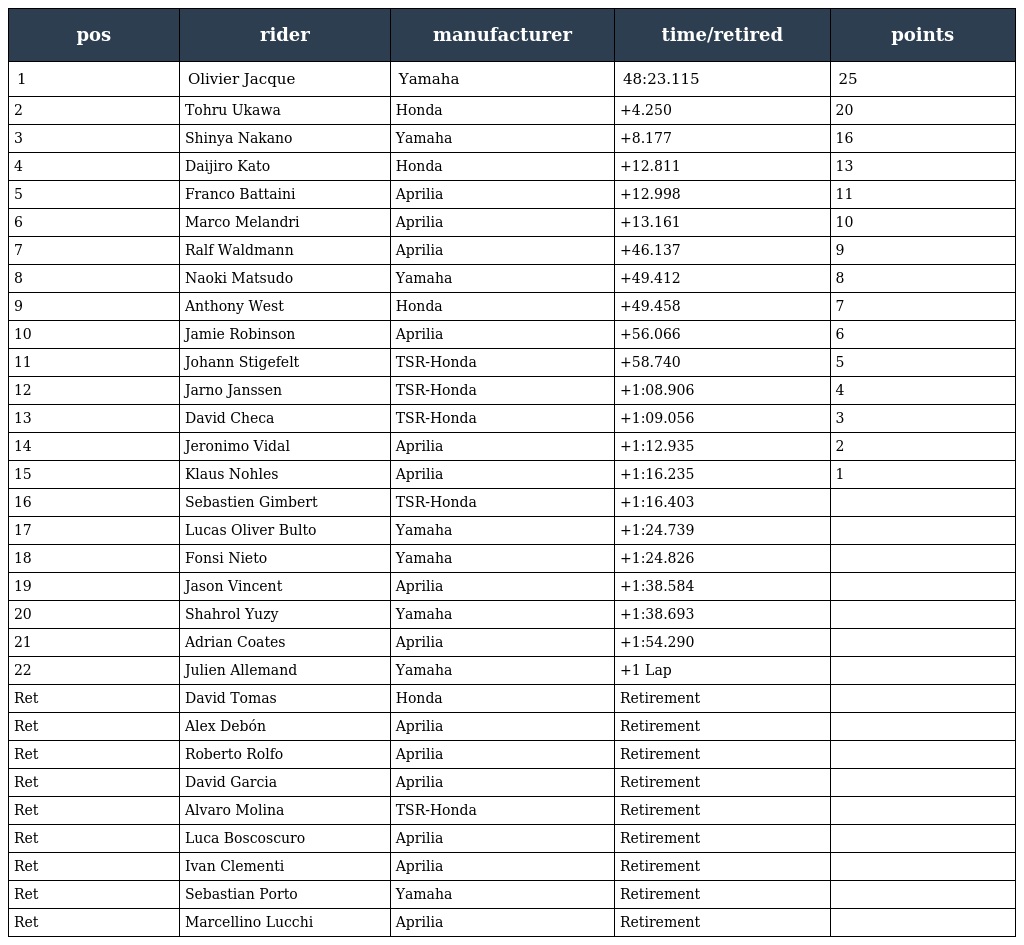
| pos | rider | manufacturer | time/retired | points |
 | --- | --- | --- | --- | --- |
 | 1 | Olivier Jacque | Yamaha | 48:23.115 | 25 |
 | 2 | Tohru Ukawa | Honda | +4.250 | 20 |
 | 3 | Shinya Nakano | Yamaha | +8.177 | 16 |
 | 4 | Daijiro Kato | Honda | +12.811 | 13 |
 | 5 | Franco Battaini | Aprilia | +12.998 | 11 |
 | 6 | Marco Melandri | Aprilia | +13.161 | 10 |
 | 7 | Ralf Waldmann | Aprilia | +46.137 | 9 |
 | 8 | Naoki Matsudo | Yamaha | +49.412 | 8 |
 | 9 | Anthony West | Honda | +49.458 | 7 |
 | 10 | Jamie Robinson | Aprilia | +56.066 | 6 |
 | 11 | Johann Stigefelt | TSR-Honda | +58.740 | 5 |
 | 12 | Jarno Janssen | TSR-Honda | +1:08.906 | 4 |
 | 13 | David Checa | TSR-Honda | +1:09.056 | 3 |
 | 14 | Jeronimo Vidal | Aprilia | +1:12.935 | 2 |
 | 15 | Klaus Nohles | Aprilia | +1:16.235 | 1 |
 | 16 | Sebastien Gimbert | TSR-Honda | +1:16.403 |  |
 | 17 | Lucas Oliver Bulto | Yamaha | +1:24.739 |  |
 | 18 | Fonsi Nieto | Yamaha | +1:24.826 |  |
 | 19 | Jason Vincent | Aprilia | +1:38.584 |  |
 | 20 | Shahrol Yuzy | Yamaha | +1:38.693 |  |
 | 21 | Adrian Coates | Aprilia | +1:54.290 |  |
 | 22 | Julien Allemand | Yamaha | +1 Lap |  |
 | Ret | David Tomas | Honda | Retirement |  |
 | Ret | Alex Debón | Aprilia | Retirement |  |
 | Ret | Roberto Rolfo | Aprilia | Retirement |  |
 | Ret | David Garcia | Aprilia | Retirement |  |
 | Ret | Alvaro Molina | TSR-Honda | Retirement |  |
 | Ret | Luca Boscoscuro | Aprilia | Retirement |  |
 | Ret | Ivan Clementi | Aprilia | Retirement |  |
 | Ret | Sebastian Porto | Yamaha | Retirement |  |
 | Ret | Marcellino Lucchi | Aprilia | Retirement |  |